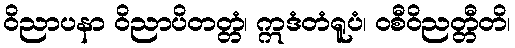
ဝိညာပနာ ဝိညာပိတတ္တံ၊ ဣဒံတံရူပံ၊ ဝစီဝိညတ္တီတိ၊